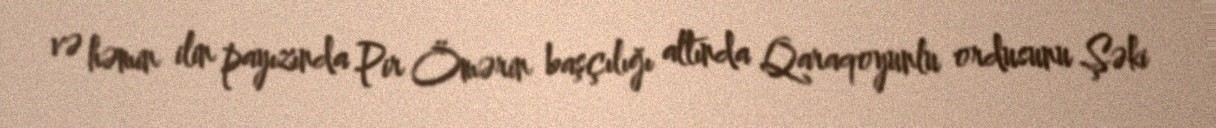
və həmin ilin payızında Pir Ömərin başçılığı altında Qaraqoyunlu ordusunu Şəki